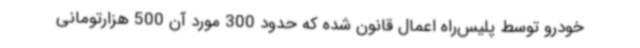
خودرو توسط پلیس‌راه اعمال قانون شده که حدود 300 مورد آن 500 هزارتومانی